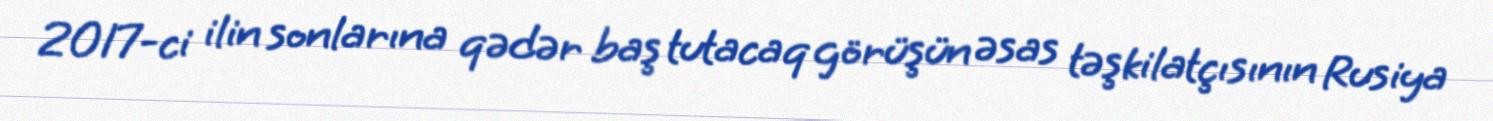
2017-ci ilin sonlarına qədər baş tutacaq görüşün əsas təşkilatçısının Rusiya